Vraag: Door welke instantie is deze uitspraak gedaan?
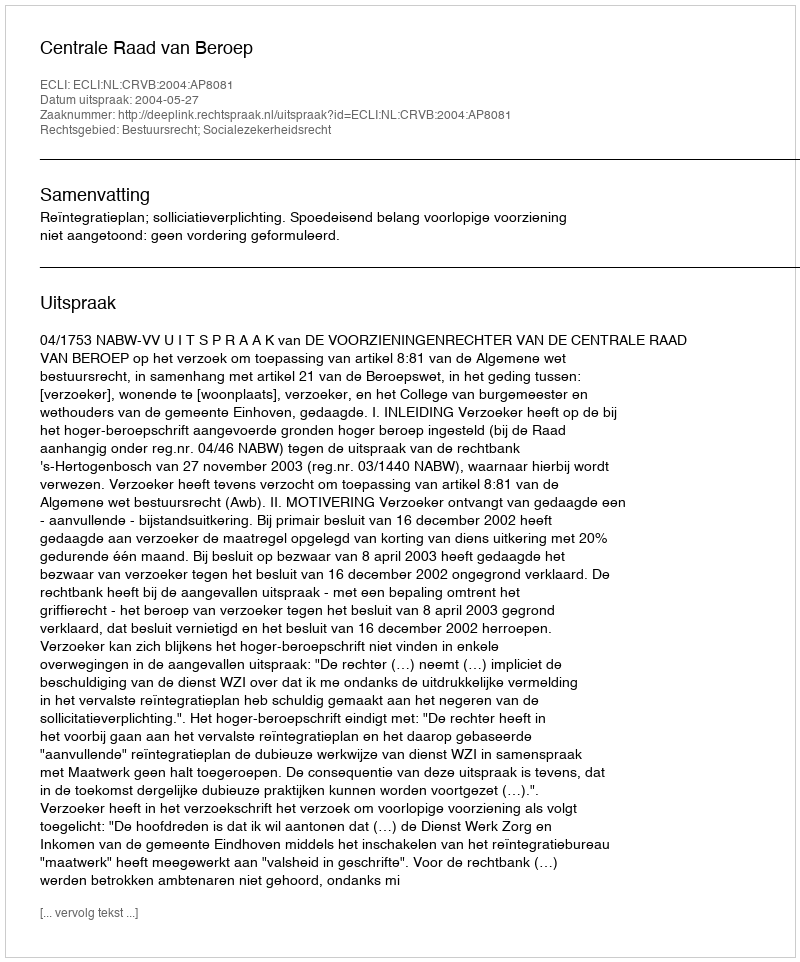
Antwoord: Centrale Raad van Beroep